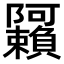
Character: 𬯩